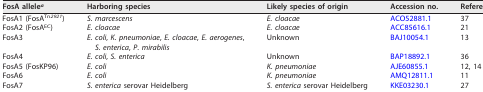
<table><thead><tr><td><b>FosA allele<sup>a</sup></b></td><td><b>Harboring species</b></td><td><b>Likely species of origin</b></td><td><b>Accession no.</b></td><td><b>Reference(s)</b></td></tr></thead><tbody><tr><td>FosA1 (FosA<sup>Tn<i>2921</i></sup>)</td><td><i>S. marcescens</i></td><td><i>E. cloacae</i></td><td>ACO52881.1</td><td>37</td></tr><tr><td>FosA2 (FosA<sup>EC</sup>)</td><td><i>E. cloacae</i></td><td><i>E. cloacae</i></td><td>ACC85616.1</td><td>21</td></tr><tr><td>FosA3</td><td><i>E. coli</i>, <i>K. pneumoniae</i>, <i>E. cloacae</i>, <i>E. aerogenes</i>, <i>S. enterica</i>, <i>P. mirabilis</i></td><td>Unknown</td><td>BAJ10054.1</td><td>13</td></tr><tr><td>FosA4</td><td><i>E. coli</i>, <i>S. enterica</i></td><td>Unknown</td><td>BAP18892.1</td><td>36</td></tr><tr><td>FosA5 (FosKP96)</td><td><i>E. coli</i></td><td><i>K. pneumoniae</i></td><td>AJE60855.1</td><td>12, 14</td></tr><tr><td>FosA6</td><td><i>E. coli</i></td><td><i>K. pneumoniae</i></td><td>AMQ12811.1</td><td>11</td></tr><tr><td>FosA7</td><td><i>S. enterica</i> serovar Heidelberg</td><td><i>S. enterica</i> serovar Heidelberg</td><td>KKE03230.1</td><td>27</td></tr></tbody></table>